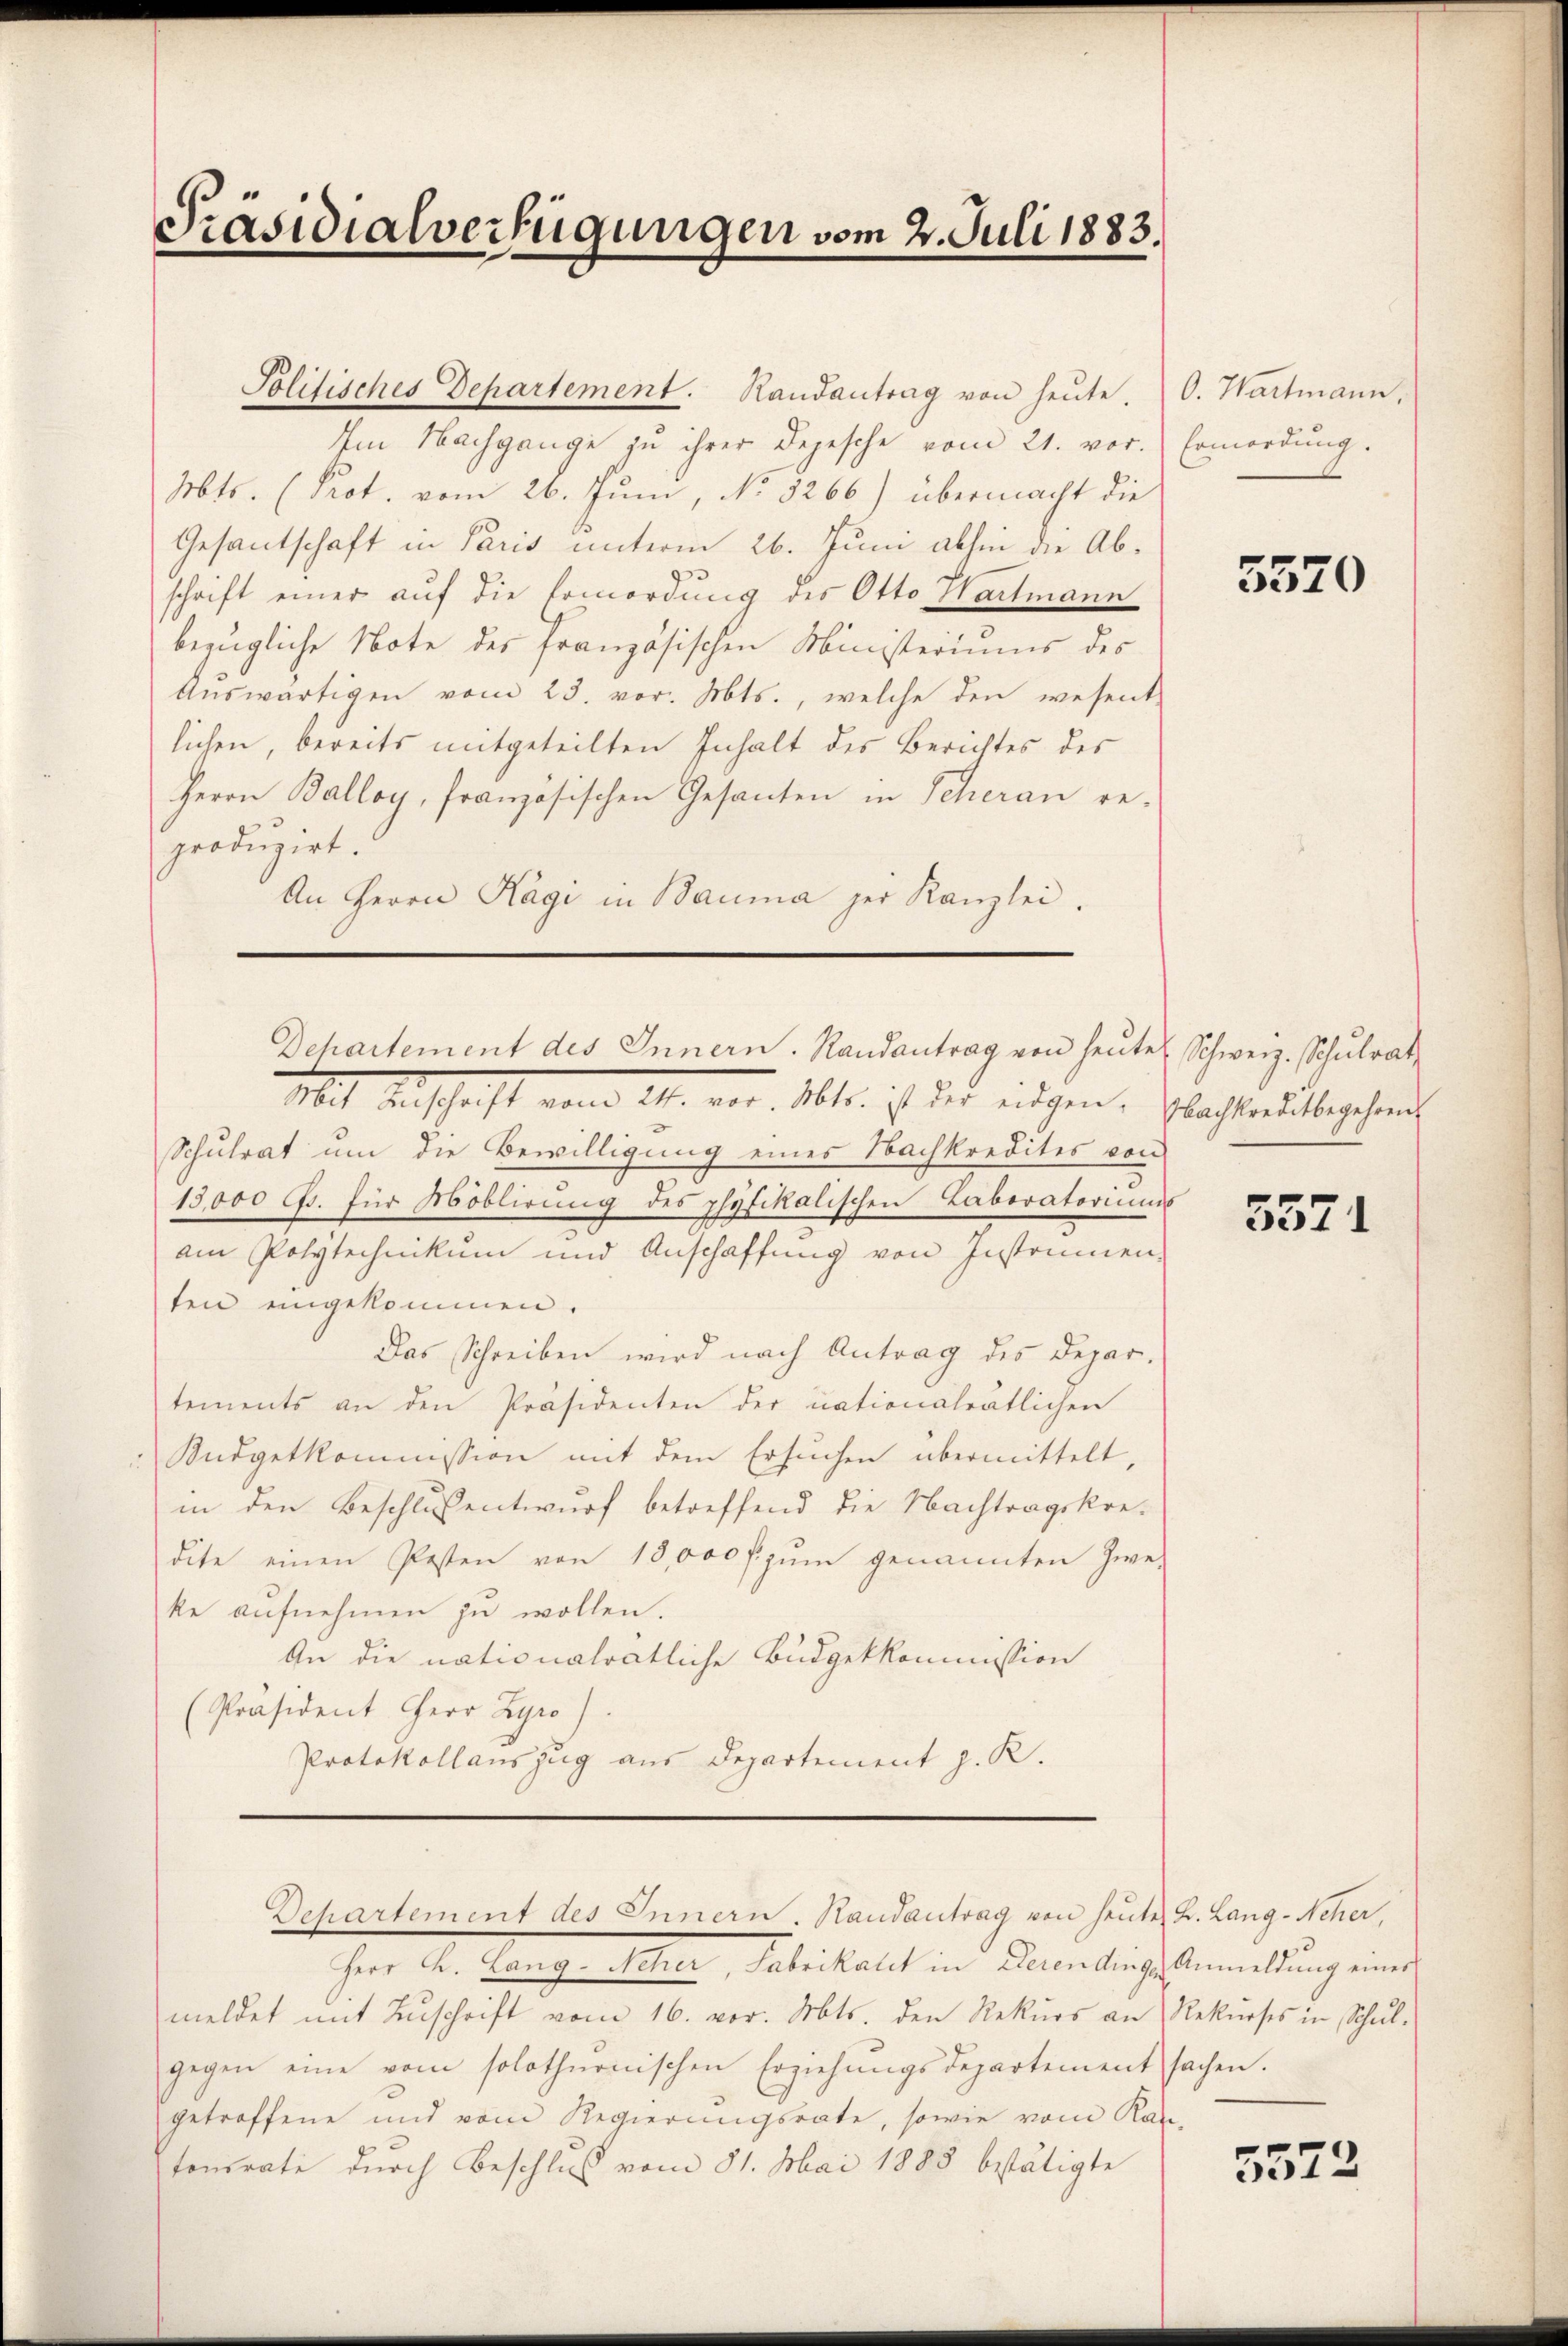
Präsidialverfügungen vom 2. Juli 1883.

Politisches Departement. Randantrag von heŭte. (O. Wartmann,
Im Nachgange zu ihrer Depesche vom 21. vor.
Mts. (Prot. vom 26. Juni, No 5266) übermacht die
Gesantschaft in Paris unterm 26. Juni abhin die Abschrift einer auf die Ermordung des Otto Wartmann
bezügliche Note des französischen Ministeriums des
Auswärtigen vom 23. vor. Mts., welche den wesent-
lichen, bereits mitgeteilten Inhalt des Berichtes des
Herrn Balloy, französischen Gesanten in Scheran re-
produzirt.
An Herrn Hägi in Bauma der Kanzlei.

Dchartement des Innern. Randantrag von heŭte Schweiz. Schulrat

Mit Auschrift vom 21. vor. Abtr. ist des eidgen. Nachterditbegehrenh
Schulrat um die Bewilligung eines Nachkredites von
13,000 Gs. für Moblirung des physikalischen Laboratoriums
am Polytechnikum und Anschaffung von Instrumen-
ten eingekommen.
Das Schreiben wird nach Antrag des Departements an den Präsidenten der nationalrätlichen
Kudgetkommission mit dem Ersuchen übermittelt,
in den Beschlussentwurf betreffend die Nachtragskre-
dite einen Posten von 18,000 fr zŭm genannten Zwe
ke aufnehmen zu wollen.
An die nationalratliche Budgetkommission
(Präsident Herr Zyro).
Protokollauszug aus Departement z. R.

Ie A. Stangen hier, Salickelt in Absentlich bemeldung einer
meldet mit Zŭschrift vom 16. vor. Mts. den Rekŭrs an Rekŭrses in Schŭl-
gegen eine vom solothurnischen Erziehungsdepartement sachen.
getroffene und vom Regierungsrate, sowie vom Kan-
tonsrate durch Beschluß vom 31. Mai 1883 bestätigte

Departement des Innern. Handantrag von heute B. Lang-Neher,

Ermordung.

5570

5371

3572